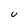
Character: U